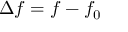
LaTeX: \Delta f = f - f _ { 0 }